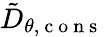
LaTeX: \tilde{D}_{\theta,\mathrm{~c~o~n~s~}}